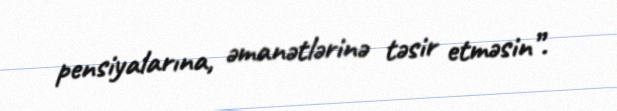
pensiyalarına, əmanətlərinə təsir etməsin”.